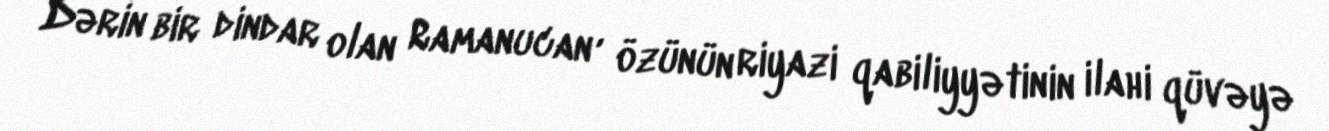
Dərin bir dindar olan Ramanucan , özünün riyazi qabiliyyətinin ilahi qüvəyə